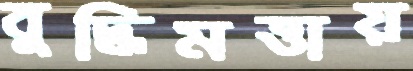
বুদ্ধিমত্তায়